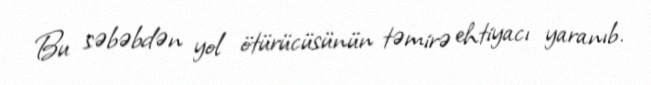
Bu səbəbdən yol ötürücüsünün təmirə ehtiyacı yaranıb.